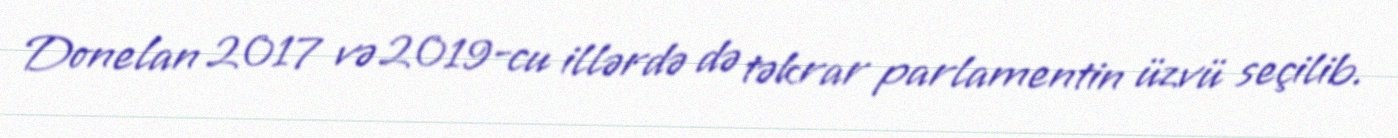
Donelan 2017 və 2019-cu illərdə də təkrar parlamentin üzvü seçilib.